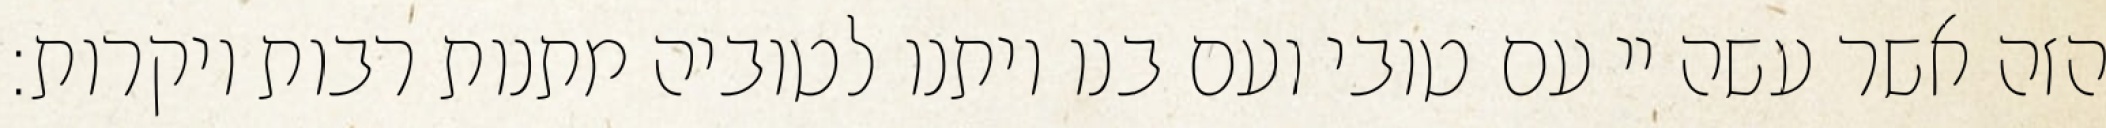
הזה אשר עשה יי עם טובי ועם בנו ויתנו לטוביה מתנות רבות ויקרות: